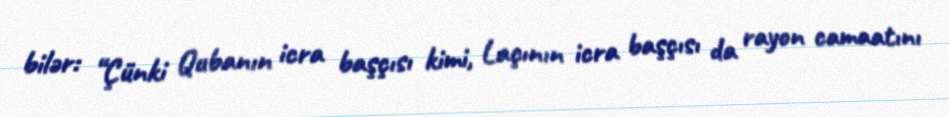
bilər: “Çünki Qubanın icra başçısı kimi, Laçının icra başçısı da rayon camaatını